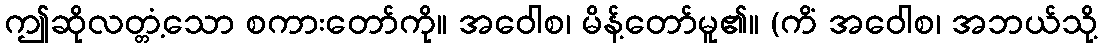
ဤဆိုလတ္တံ့သော စကားတော်ကို။ အဝေါစ၊ မိန့်တော်မူ၏။ (ကိံ အဝေါစ၊ အဘယ်သို့